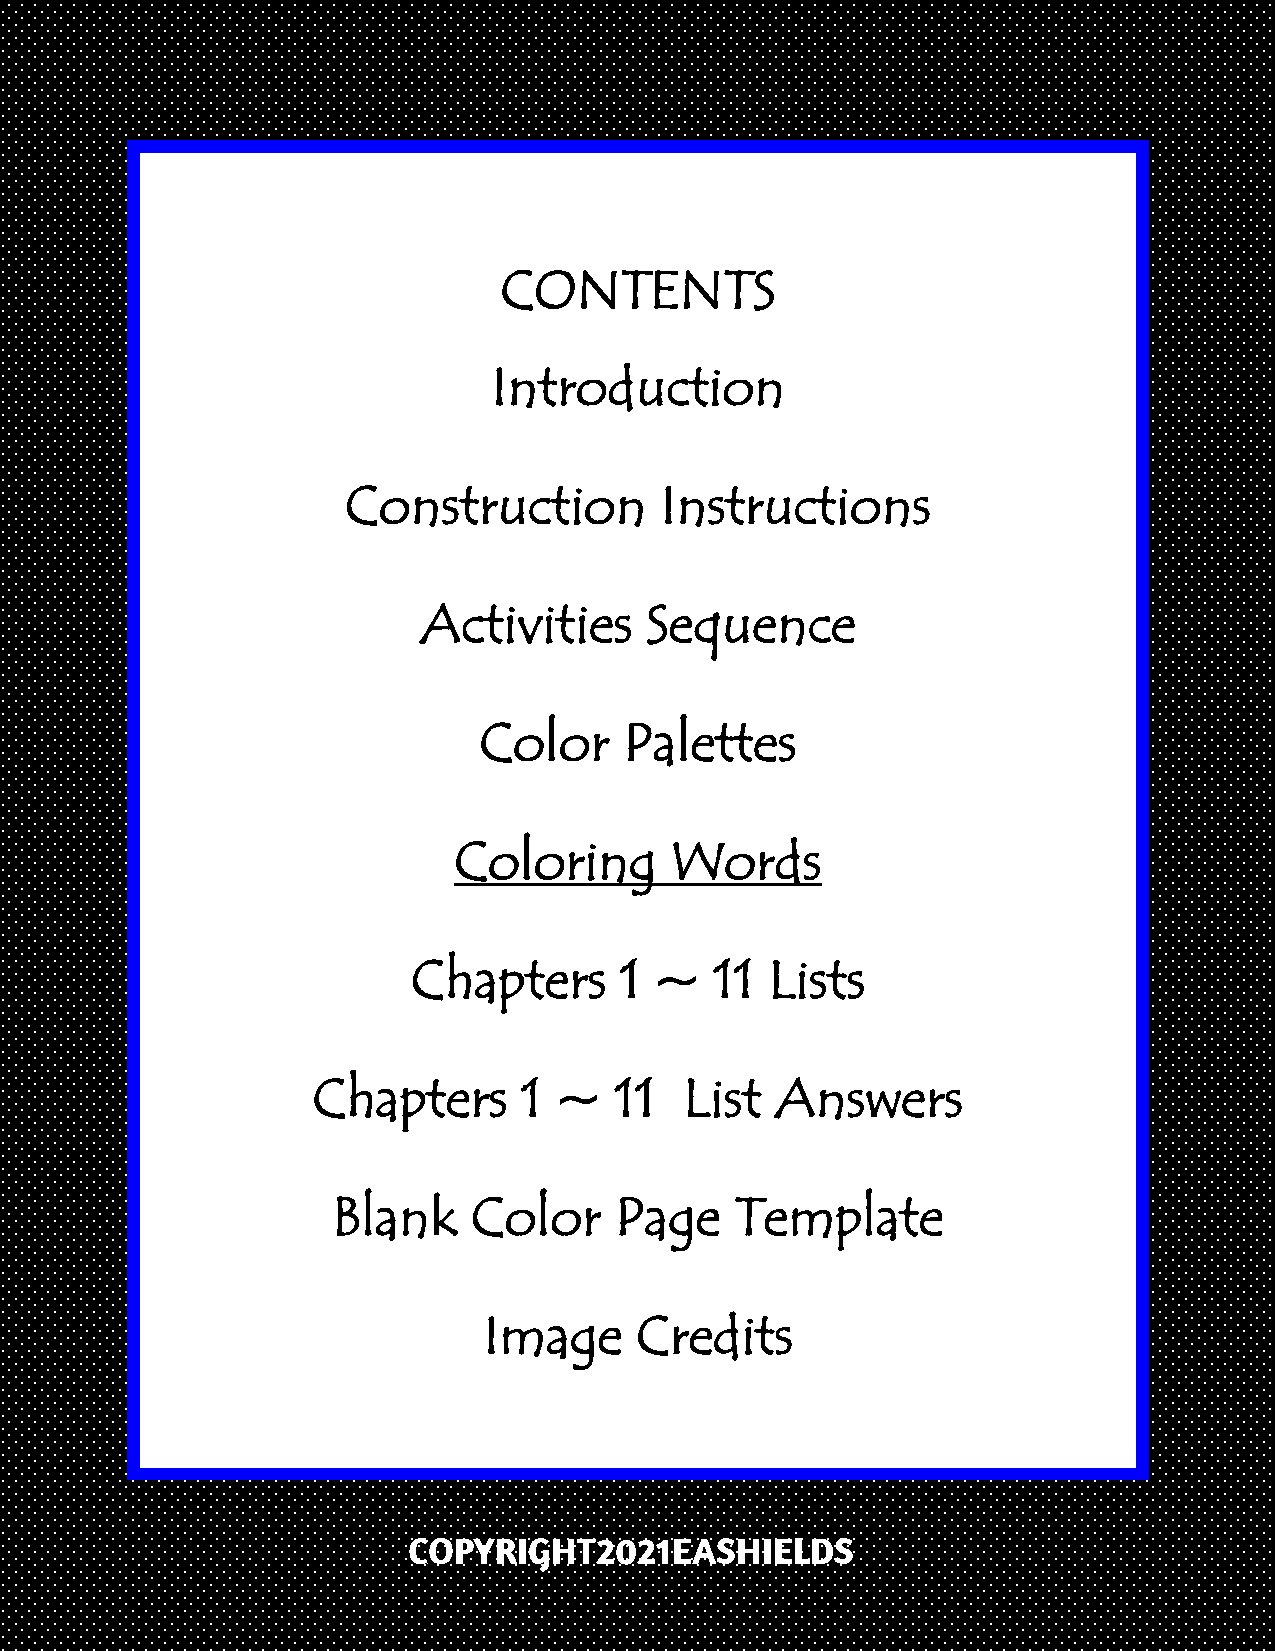
CONTENTS
 Introduction
 Construction         Instructions
 Activities     Sequence
 Color    Palettes
 Coloring      Words
 Chapters      1 ~   11  Lists
 Chapters      1 ~   11  List  Answers
 Blank    Color     Page    Template
 Image     Credits
 COPYRIGHT2021EASHIELDS